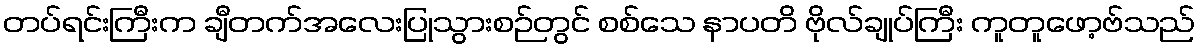
တပ်ရင်းကြီးက ချီတက်အလေးပြုသွားစဉ်တွင် စစ်သေ နာပတိ ဗိုလ်ချုပ်ကြီး ကူတူဖော့ဗ်သည်